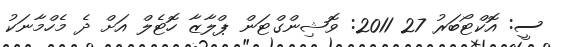
ސީ: އޮކްޓޯބަރު 27 2011: ވޮޝިންގްޓަން ޕްލާޒާ ހޮޓެލް އަށް ދެ މެހްމާނަކު